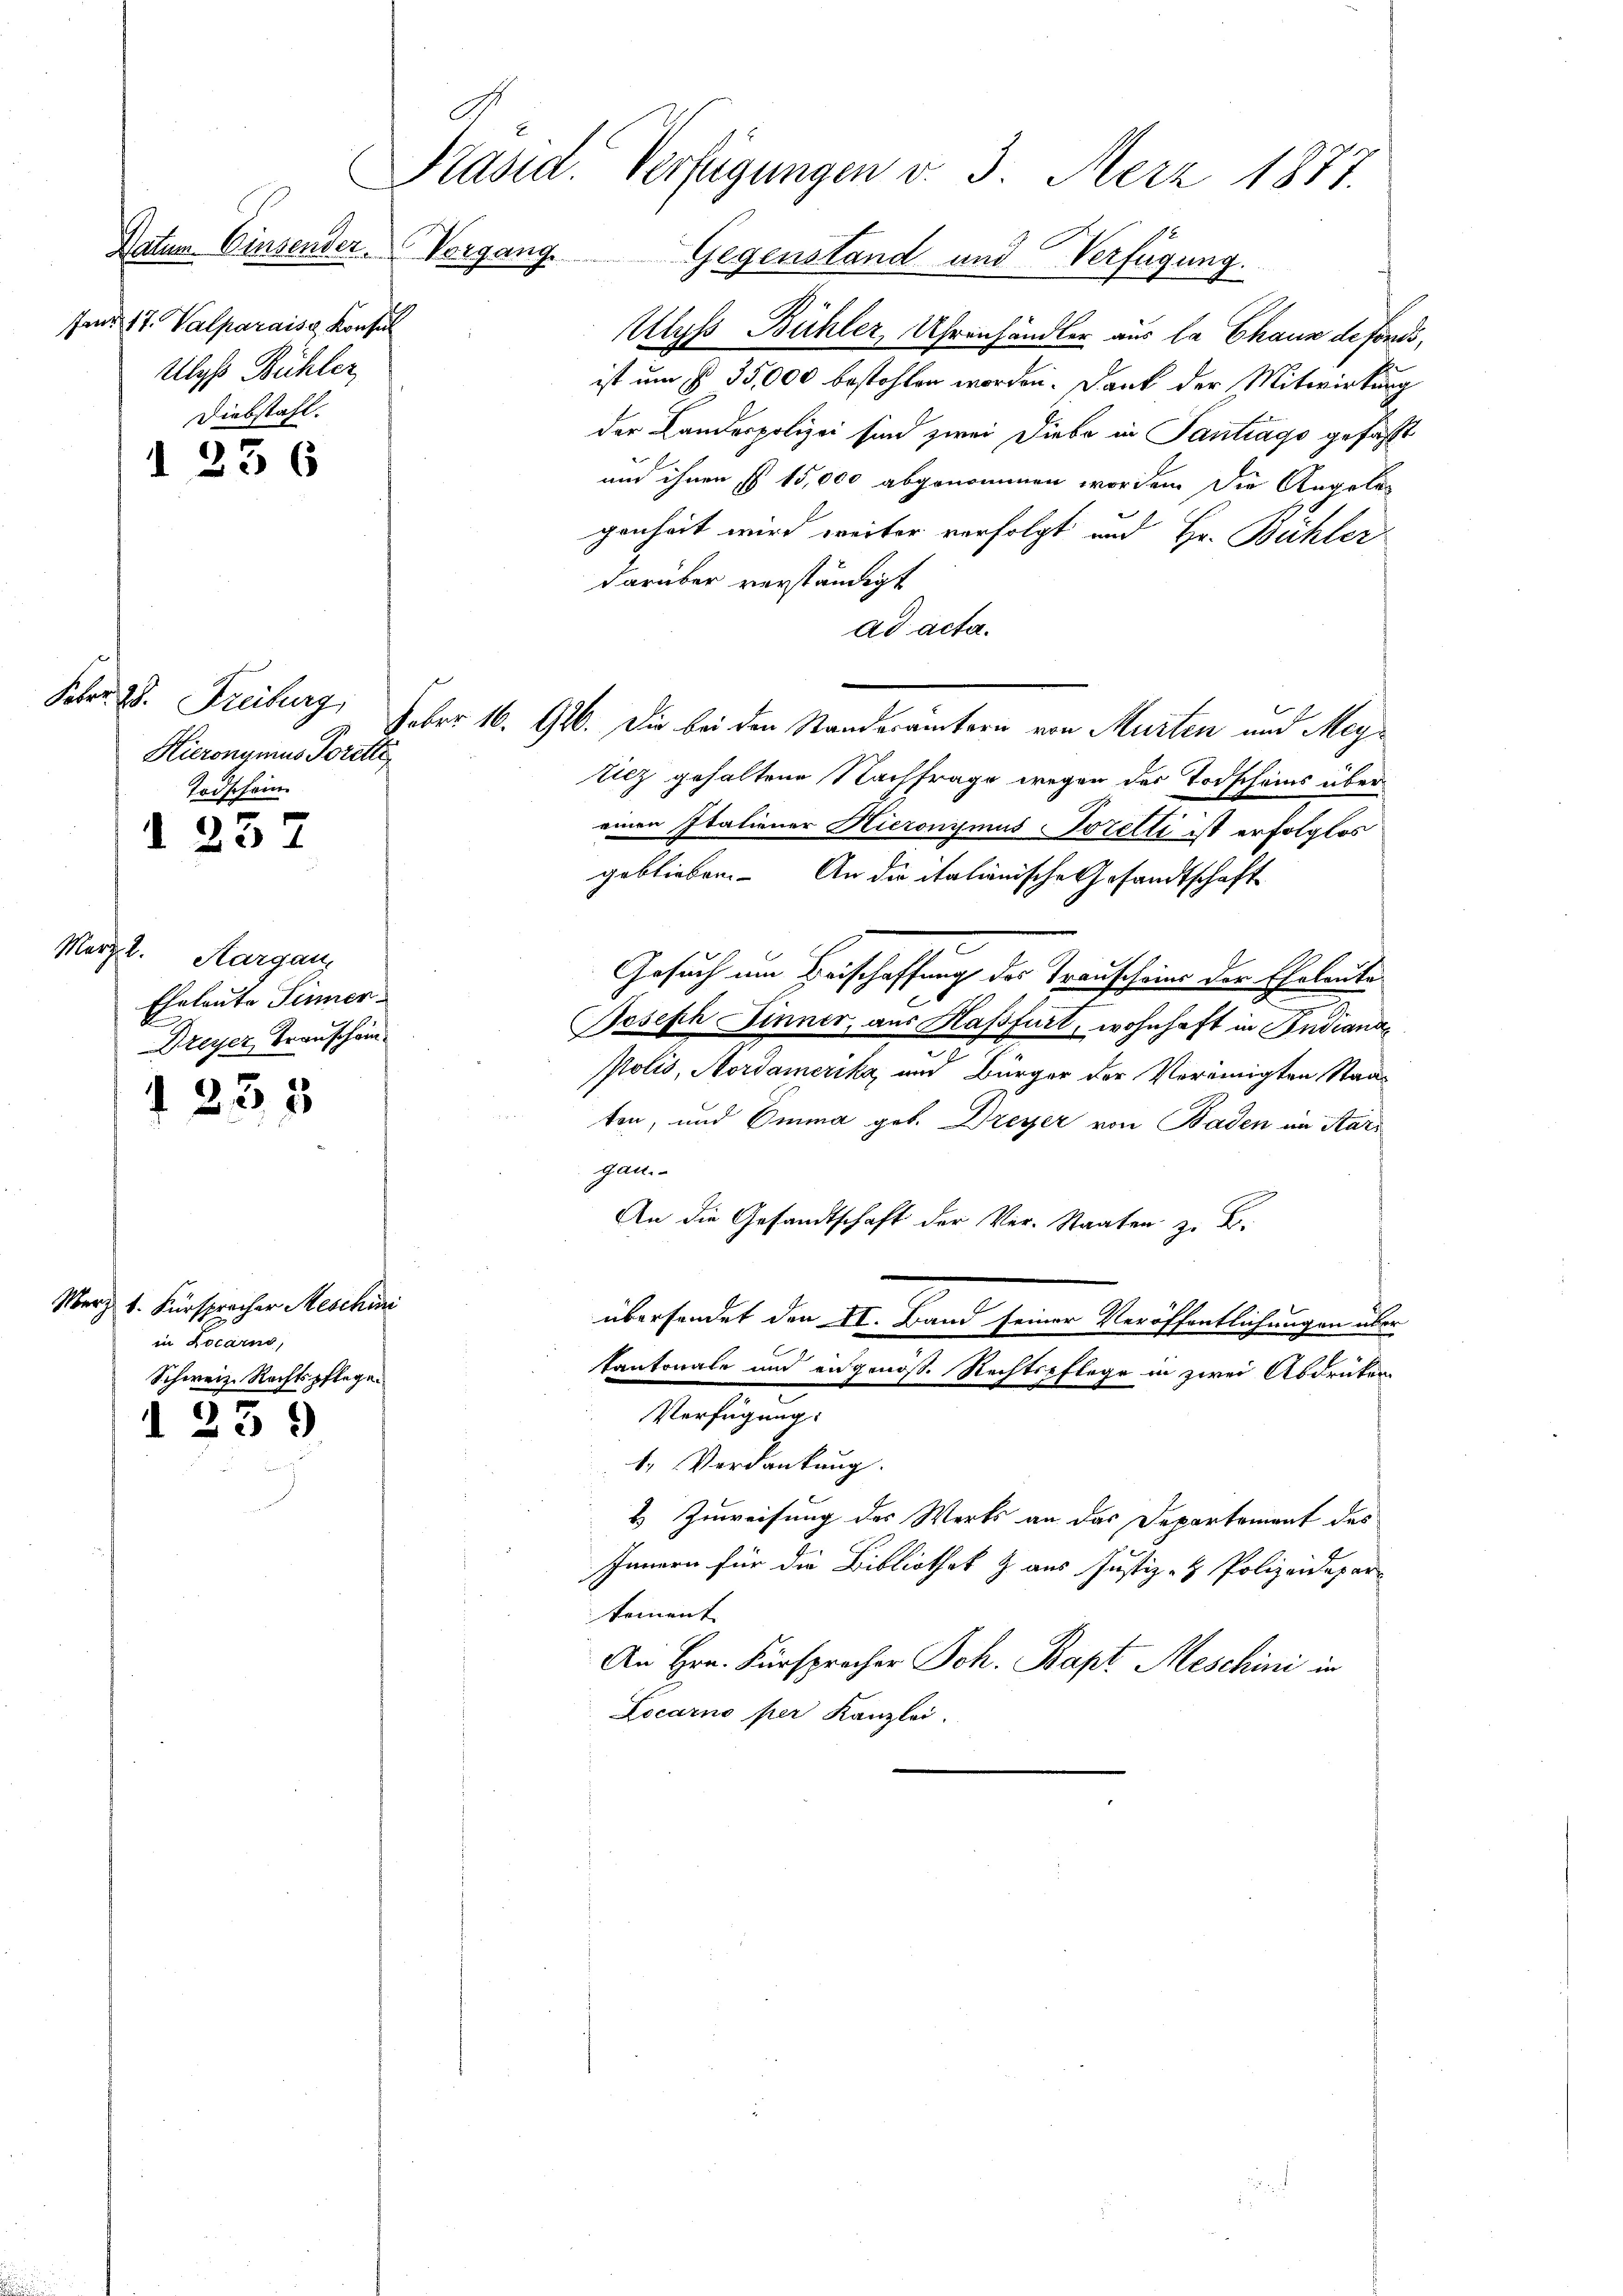
A.
fand 17. Valparaise Konsul
Ulyss Bühler
Diebstahl.

d 256

Marzt. Aargau
Eheleute Finner
Dreyer Transchein

Merz 1. Fürspracher Meschini
in Locarno,
Schweiz. Rechtspflege.

Febr. 28. Freiburg,
Hieronymus Poretti,
Todschein.

1 237

1235

I 239

Präsid. Verfügungen v. 3. Merz 1877.

Datum Einsender Vorgang. Gegenstand und Verfügung.
Ulys Bühler, Uhrenhändler aus la Chaux de fonds,
ist um § 35,000 bestohlen worden. Dank der Mitwirkung
der Landespolizei sind zwei Diebe in Santrags gefaßt
und ihnen § 15,000 abgenommen worden. Die Angeleg
genheit wird weiter verfolgt und Hr. Büchler
darüber verständigt
ad acta.
Feber 16. 946. Die bei den Standerämtern von Murten und Mey¬
Silz gehaltene Nachfrage wegen des Todscheins über
einen Italiener Hieronymus Jozelli ist erfolglos
geblieben. An die italienische Gesandtschaft
Gesuch um Beischaffung des Trauscheins der Eheleute
.
Joseph Sinner, aus Haßfurt, wohnhaft in Indiana
Polis, Nordamerika, und Bürger der Vereinigten Staat
ten, und Emma geb. Dreyer von Baden im Kari
gan.
An die Gesandtschaft der Ver-Staaten z. B.
übersendet den II. Band seiner Veröffentlichungen über
kantonale und angenös. Rechtspflege in zwei Abdrüken
Verfügung:
1. Verdankung.
2 Zuweisung des Werks an das Departement des
Innern für die Bibliothek & aus Justiz- & Polizeidepar-
koment
An Hrn. Fürspracher Joh. Bapt Meschini in
Locarno per Kanzlei.